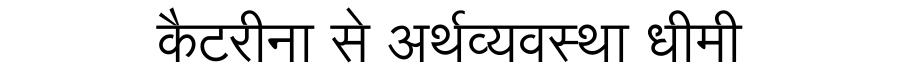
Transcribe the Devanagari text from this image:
कैटरीना से अर्थव्यवस्था धीमी